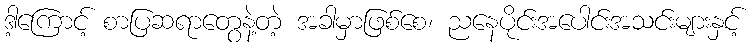
ဒါ့ကြောင့် စာပြဆရာတွေနဲ့တဲ့ အခါမှာဖြစ်စေ၊ ညနေပိုင်းအပေါင်းအသင်းများနှင့်